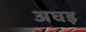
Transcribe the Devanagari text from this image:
अघड़